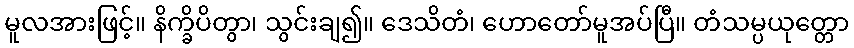
မူလအားဖြင့်။ နိက္ခိပိတွာ၊ သွင်းချ၍။ ဒေသိတံ၊ ဟောတော်မူအပ်ပြီ။ တံသမ္ပယုတ္တော